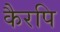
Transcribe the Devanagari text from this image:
कैरपि